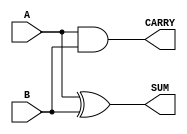
module half_adder (
    input wire A,     // First input bit
    input wire B,     // Second input bit
    output wire SUM,  // Sum output (A XOR B)
    output wire CARRY // Carry output (A AND B)
);

// Compute the SUM using XOR operation
assign SUM = A ^ B; // SUM = A  B

// Compute the CARRY using AND operation
assign CARRY = A & B; // CARRY = A  B

endmodule